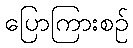
ပြောကြားစဉ်